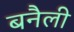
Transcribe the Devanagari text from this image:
बनैली